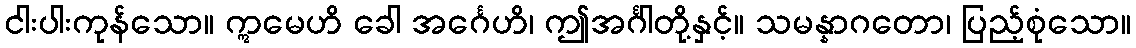
ငါးပါးကုန်သော။ ဣမေဟိ ခေါ အင်္ဂေဟိ၊ ဤအင်္ဂါတို့နှင့်။ သမန္နာဂတော၊ ပြည့်စုံသော။